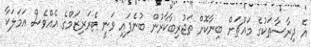
އެ ދިރާސާތަކުގެ މައްޗަށް ބިނާކޮށް ތަޖުރިބާކާރުން ބުނެފައި ވަނީ ޓެރަރިޒަމްގެ އެއްވެސް އަމަލަކާ